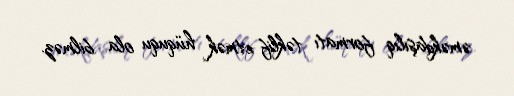
əməkdaşılıq formatı təklif etmək hüququ ola bilməz.